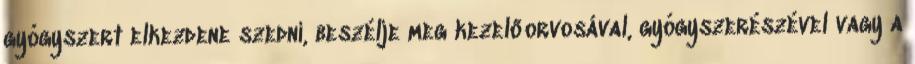
gyógyszert elkezdene szedni, beszélje meg kezelőorvosával, gyógyszerészével vagy a